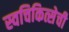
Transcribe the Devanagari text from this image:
स्वचिकित्सेची